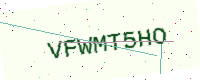
Text: VFWMT5HO